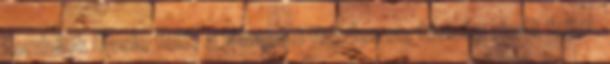
fordulok Dasie felé, a lábamat fogdosva, kisség riadt fejjel.